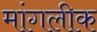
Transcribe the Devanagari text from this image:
मांगलीक